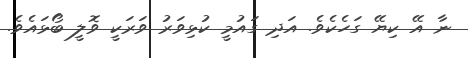
ނާ އޭ ކިޔޭ ގަހެކެވެ. އަދި ގައުމީ ކުޅިވަރު ވަރަކީ ވޮލީ ބޯޅައެވެ.